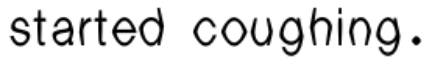
started coughing.